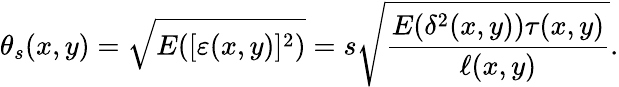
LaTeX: \theta_{s}(x,y)=\sqrt{E([\varepsilon(x,y)]^{2})}=s\sqrt{\frac{E(\delta^{2}(x,y))\tau(x,y)}{\ell(x,y)}}.